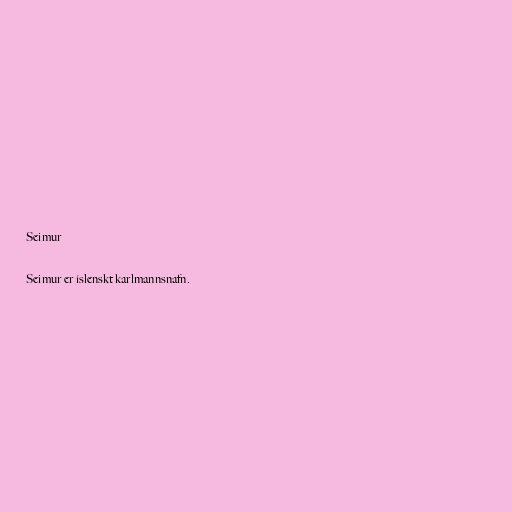
Seimur

Seimur er íslenskt karlmannsnafn.